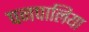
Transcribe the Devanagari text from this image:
पनपालिया